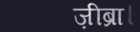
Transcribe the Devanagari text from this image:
ज़ीब्रा।